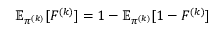
\mathbb { E } _ { \pi ^ { ( k ) } } [ F ^ { ( k ) } ] = 1 - \mathbb { E } _ { \pi ^ { ( k ) } } [ 1 - F ^ { ( k ) } ]